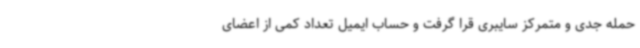
حمله جدی و متمرکز سایبری قرا گرفت و حساب ایمیل تعداد کمی از اعضای